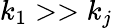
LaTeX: k_{1}>>k_{j}